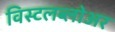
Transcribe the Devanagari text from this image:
विस्टलब्लोअर